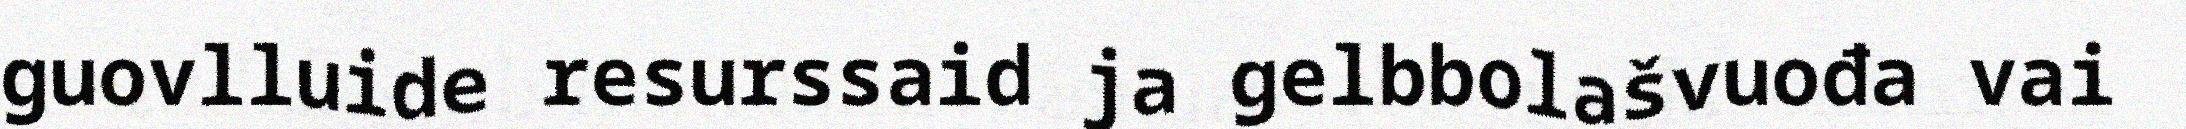
guovlluide resurssaid ja gelbbolašvuođa vai